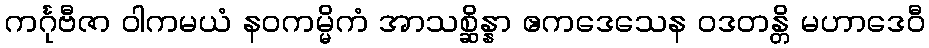
ကင်္ဂုဗီဇာ ဝါကမယံ နဝကမ္မိကံ အာသစ္ဆိန္နာ ဧကဒေသေန ဝဒတန္တိ မဟာဒေဝီ